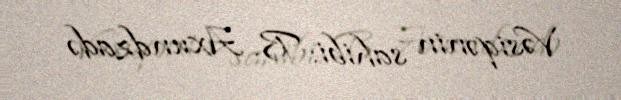
Vəsiqənin sahibi: B. Axundzadə